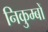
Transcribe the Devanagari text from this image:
निकुम्बों